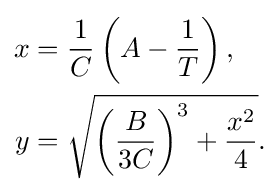
{\begin{aligned}x&={\frac {1}{C}}\left(A-{\frac {1}{T}}\right),\\y&={\sqrt {\left({\frac {B}{3C}}\right)^{3}+{\frac {x^{2}}{4}}}}.\end{aligned}}